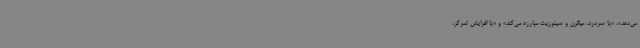
می‌دهد»، «با سردرد، میگرن و سینوزیت مبارزه می‌کند» و «با افزایش تمرکز،